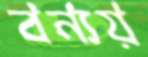
বন্যয়